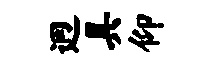
迥具仰